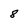
Character: 8